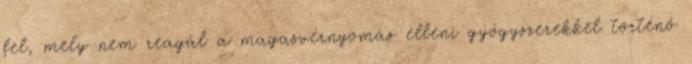
fel, mely nem reagál a magasvérnyomás elleni gyógyszerekkel történő